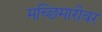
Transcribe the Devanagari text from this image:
मच्छिमारीवर